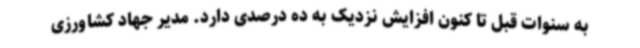
به سنوات قبل تا کنون افزایش نزدیک به ده درصدی دارد. مدیر جهاد کشاورزی